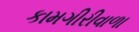
કામગીરીવાળા